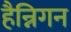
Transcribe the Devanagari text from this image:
हैन्निगन